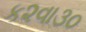
ક૨વા૩૦